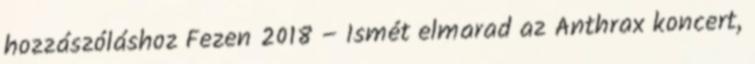
hozzászóláshoz Fezen 2018 – Ismét elmarad az Anthrax koncert,